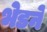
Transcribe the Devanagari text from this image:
भेडने